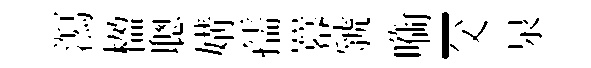
㵼楹聰媾孺羃虢㗸-父泉